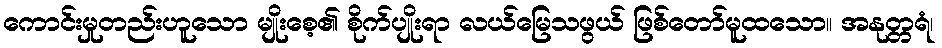
ကောင်းမှုတည်းဟူသော မျိုးစေ့၏ စိုက်ပျိုးရာ လယ်မြေသဖွယ် ဖြစ်တော်မူထသော။ အနုတ္တရံ၊